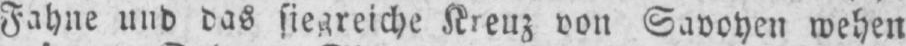
Fahne und das siegreiche Kreuz von Savoyen wehen